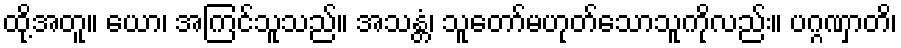
ထို့အတူ။ ယော၊ အကြင်သူသည်။ အသန္တံ၊ သူတော်မဟုတ်သောသူကိုလည်း။ ပဂ္ဂဏှာတိ၊